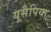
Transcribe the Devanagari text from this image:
यूसैपिया